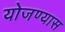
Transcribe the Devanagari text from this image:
योजण्यास